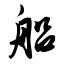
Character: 船